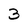
Character: 3